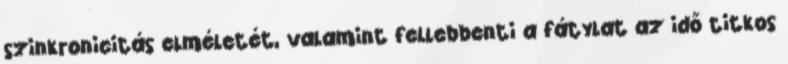
szinkronicitás elméletét, valamint fellebbenti a fátylat az idő titkos